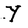
Character: Y